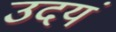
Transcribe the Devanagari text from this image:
उदयं